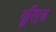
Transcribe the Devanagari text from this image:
यूरिएस